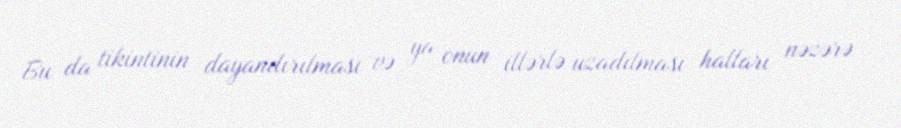
Bu da tikintinin dayandırılması və ya onun illərlə uzadılması halları nəzərə